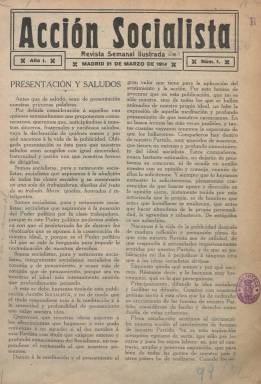
Título: Acción socialista (Madrid. 1914)
Colección: Socialismo
Ámbito geográfico: Madrid
Lugar de publicación: Madrid
Fechas: 21/03/1914-26/12/1915

Con el subtítulo “revista semanal ilustrada”, publica su primer número el 21 de marzo de 1914 y sus entregas, que aparecerán cada sábado, serán de dieciséis páginas, compuestas a dos columnas, siendo una iniciativa “particular” puesta “a disposición” del Partido Socialista Obrero Español (PSOE) –según su artículo de presentación-, en un periodo de intensa actividad tanto en el interior de esta fuerza política como a nivel nacional e internacional, durante el que se van a producir campañas de desprestigio contra los socialistas españoles, que se habían unido en la denominada Conjunción Republicano-Socialista, importantes huelgas generales que culminarán en la “revolucionaria” de agosto de 1917 o la toma de posición frente a la primera gran guerra mundial (1914-1918). Es órgano del grupo de igual nombre –Acción Socialista- constituido por militantes pertenecientes a las Juventudes Socialistas Madrileñas, que mostraron su apoyo a Pablo Iglesias (1850-1925), cuando éste deja la dirección de El Socialista. Su director será el tipógrafo y dirigente socialista Andrés Saborit Colomer (1889-1980), quien, desde 1910, también venía dirigiendo Renovación (1907), el órgano de prensa de las Juventudes Socialistas de España, y que ya había sufrido dos condenas por su postura antimilitarista; y su administrador, Luis Torrent Lerén, propietario de una imprenta y también dirigente socialista. En su artículo de presentación y saludo dirá que el fin principal de la revista será “difundir la idea socialista”, como “tribuna libre para los hombres del partido”. De tal forma esto es así que, desde el primer número, cuenta con la colaboración de Pablo Iglesias, como autor de unos artículos “llenos de diatribas” contra la Monarquía o expresando su posicionamiento aliado en la gran guerra, que después será la oficial del partido socialista, diferente a la del propio Saborit, José Verdes Montenegro (1865-1939) o Francisco Largo Caballero (1869-1946), defensores de la vieja tradición pacifista del movimiento socialista internacional.

El género de los contenidos de la revista serán diversos, aunque inspirados en las ideas socialistas y de emancipación obrera. Junto a artículos de carácter doctrinal y político, como los de Pablo Iglesias, o los dedicados a la guerra mundial o al movimiento feminista, publicará crónicas de actualidad bajo los epígrafes “La actualidad semanal”, “La semana social” o Actualidad obrera”, a veces sólo bajo la rúbrica de Andrés (Saborit). Indicará que todos sus textos serán originales o expresamente traducidos para la revista, y en tal sentido aparecerán escritos de Federico Engels o Fernando Lassalle o de tipo político y social de líderes socialistas como de escritores europeos, tanto de carácter doctrinal como literario, pues una parte importante de sus páginas la ocupan este tipo de contenidos, llegando a insertar también composiciones poéticas o cuentos para mujeres o para niños. Publica una serie bajo el epígrafe “Marx: su obra y sus críticos”, firmada por Ch. Massart, y además de otros textos sobre política internacional y nacional, ofrece información sobre el desarrollo de congresos sindicales y huelgas o estadísticas de los obreros adscritos a la Internacional. Como revista ilustrada, generalmente su primera plana es ocupada por un fotograbado de un líder socialista (bajo el título Nuestros grandes prestigios u Hombres de acción), en la que aparecen los retratos de Juan Jaurès (le dedicará también un número extraordinario), del propio Pablo Iglesias o de Rosa Luxemburgo, pero inserta otros fotograbados de dirigentes obreros y políticos socialistas locales, de casas del pueblo, e incluso reproducciones artísticas de obras de Joaquín Sorolla o Cecilio Pla, entre otros. Asimismo da cabida al humor gráfico, y entre los autores de sus dibujos aparecen las firmas de Mateos y Tito.

Además del artículo de Pablo Iglesias, con el que, generalmente, la revista abre cada entrega, o los artículos o crónicas firmadas por Saborit, otro de sus principales colaboradores será Jaime Vera (1859-1918), además de Daniel Anguiano Mangado (1882-1964), Félix Monteverde, Pablo Cervera, o los que firman bajo los seudónimos Maligno, El Sastre del Campillo, Heráclito El Joven o Born. También aparecen textos de Miguel de Unamuno, Jacinto Benavente o Agustín Pajarón, y la colaboración de Julián Besteiro (1870-1940), que en ese momento era ya concejal del Ayuntamiento de Madrid, fue muy esporádica y en concreto escribe un par de artículos sobre Francisco Giner de los Ríos (1839-1915), tras su fallecimiento, que da motivo también para que la revista dedique el número especial del 27 de febrero de 1915 al fundador de la Institución Libre de Enseñanza, en el que participa Besteiro. Asimismo, Besteiro, junto a Vera, abrirá una encuesta en el número 92, que la revista lleva a cabo para contrarrestar la calumnia contra Pablo Iglesias de un semanario de extrema derecha con el título El Dominó negro, lanzado por Gonzalo Pardo, que ocupará completamente la entrega 93, correspondiente al 26 de diciembre de 1915 y última de la colección de este título en la Biblioteca Nacional de España, en la que participan, entre otros, Adolfo Posadas, José Ortega y Gasset, Odón de Buen, Joaquín Dicenta, Serafín y Joaquín Álvarez Quintero, Pedro Dorado, Américo Castro, Miguel de Unamuno, Julio Cejador, Francisco F. Villegas (Zeda), Gumersindo de Azcárate, Pedro de Répide, Carmen de Burgos (Colombine), Rosario de Acuña, E. Gómez Baquero (Andrenio), Benito Pérez Galdós, Tomás Bretón, Rafael Altamira, Rafael de Ureña, Juan Guixé, Manuel B. Cossío, Roberto Castrovido, Antonio Zozaya o Luis Tapia.

A partir del número 81, de tres de octubre de 1915, añade a la cabecera la leyenda: “literatura, cuentos, poesías, estudios sociales y científicos, etc.”, además de reducir el precio del ejemplar a diez céntimos. La revista, que pudo estar editándose hasta 1917, creó también su propia biblioteca. Tanto Largo Caballero, Besteiro, Saborit, Torrent como Anguiano serán condenados en octubre de 1917 en consejo de guerra como miembros del comité de la huelga “revolucionaria” de ese año. Saborit dedicará un artículo en El Socialista (14 de enero de 1954) a esta revista de la que fue director, en su serie “Apuntes históricos: recuerdos del tiempo joven”, haciendo mención también a la misma en su obra sobre Julián Besteiro (1961). Manuel Mª Urrutia León ha abordado la colaboración de Unamuno en Acción socialista en un trabajo que publica la revista Sistema (2003).